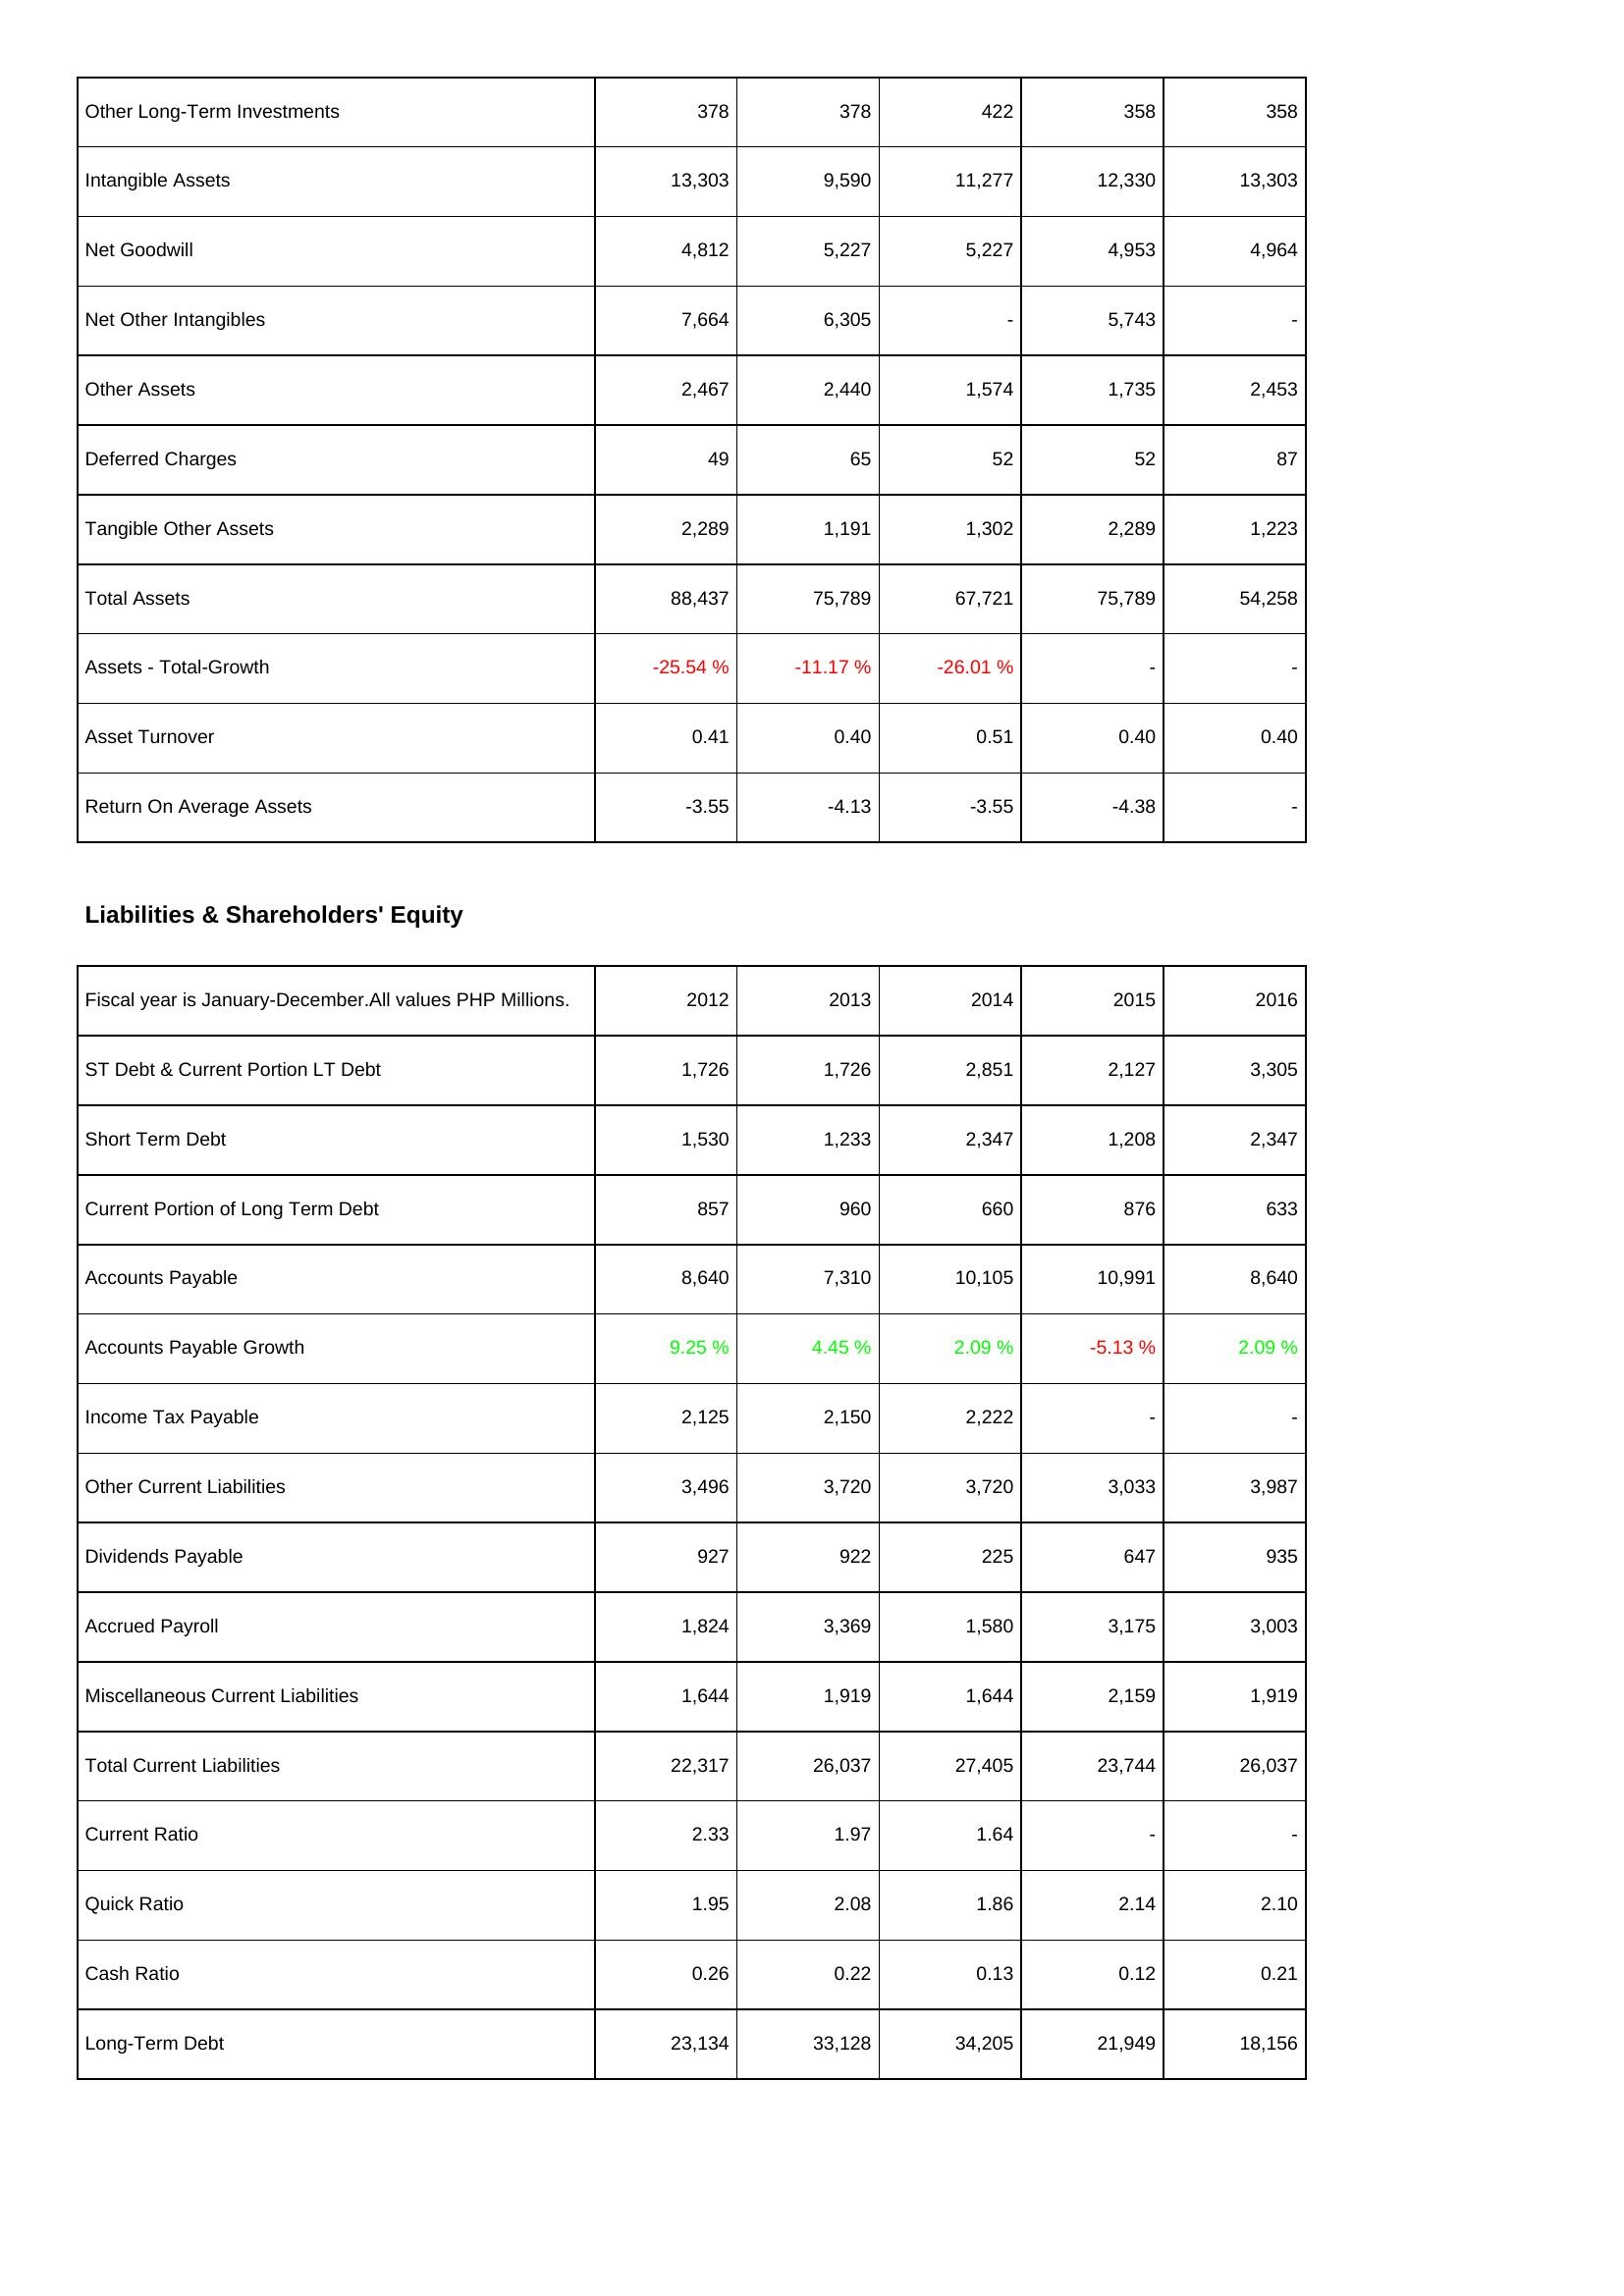
2012: Assets: Other Long-Term Investments: 378
Intangible Assets: 13,303
Net Goodwill: 4,812
Net Other Intangibles: 7,664
Other Assets: 2,467
Deferred Charges: 49
Tangible Other Assets: 2,289
Total Assets: 88,437
Assets - Total-Growth: -25.54 %
Asset Turnover: 0.41
Return On Average Assets: -3.55
Liabilities & Shareholders' Equity: ST Debt & Current Portion LT Debt: 1,726
Short Term Debt: 1,530
Current Portion of Long Term Debt: 857
Accounts Payable: 8,640
Accounts Payable Growth: 9.25 %
Income Tax Payable: 2,125
Other Current Liabilities: 3,496
Dividends Payable: 927
Accrued Payroll: 1,824
Miscellaneous Current Liabilities: 1,644
Total Current Liabilities: 22,317
Current Ratio: 2.33
Quick Ratio: 1.95
Cash Ratio: 0.26
Long-Term Debt: 23,134
2013: Assets: Other Long-Term Investments: 378
Intangible Assets: 9,590
Net Goodwill: 5,227
Net Other Intangibles: 6,305
Other Assets: 2,440
Deferred Charges: 65
Tangible Other Assets: 1,191
Total Assets: 75,789
Assets - Total-Growth: -11.17 %
Asset Turnover: 0.40
Return On Average Assets: -4.13
Liabilities & Shareholders' Equity: ST Debt & Current Portion LT Debt: 1,726
Short Term Debt: 1,233
Current Portion of Long Term Debt: 960
Accounts Payable: 7,310
Accounts Payable Growth: 4.45 %
Income Tax Payable: 2,150
Other Current Liabilities: 3,720
Dividends Payable: 922
Accrued Payroll: 3,369
Miscellaneous Current Liabilities: 1,919
Total Current Liabilities: 26,037
Current Ratio: 1.97
Quick Ratio: 2.08
Cash Ratio: 0.22
Long-Term Debt: 33,128
2014: Assets: Other Long-Term Investments: 422
Intangible Assets: 11,277
Net Goodwill: 5,227
Net Other Intangibles: -
Other Assets: 1,574
Deferred Charges: 52
Tangible Other Assets: 1,302
Total Assets: 67,721
Assets - Total-Growth: -26.01 %
Asset Turnover: 0.51
Return On Average Assets: -3.55
Liabilities & Shareholders' Equity: ST Debt & Current Portion LT Debt: 2,851
Short Term Debt: 2,347
Current Portion of Long Term Debt: 660
Accounts Payable: 10,105
Accounts Payable Growth: 2.09 %
Income Tax Payable: 2,222
Other Current Liabilities: 3,720
Dividends Payable: 225
Accrued Payroll: 1,580
Miscellaneous Current Liabilities: 1,644
Total Current Liabilities: 27,405
Current Ratio: 1.64
Quick Ratio: 1.86
Cash Ratio: 0.13
Long-Term Debt: 34,205
2015: Assets: Other Long-Term Investments: 358
Intangible Assets: 12,330
Net Goodwill: 4,953
Net Other Intangibles: 5,743
Other Assets: 1,735
Deferred Charges: 52
Tangible Other Assets: 2,289
Total Assets: 75,789
Assets - Total-Growth: -
Asset Turnover: 0.40
Return On Average Assets: -4.38
Liabilities & Shareholders' Equity: ST Debt & Current Portion LT Debt: 2,127
Short Term Debt: 1,208
Current Portion of Long Term Debt: 876
Accounts Payable: 10,991
Accounts Payable Growth: -5.13 %
Income Tax Payable: -
Other Current Liabilities: 3,033
Dividends Payable: 647
Accrued Payroll: 3,175
Miscellaneous Current Liabilities: 2,159
Total Current Liabilities: 23,744
Current Ratio: -
Quick Ratio: 2.14
Cash Ratio: 0.12
Long-Term Debt: 21,949
2016: Assets: Other Long-Term Investments: 358
Intangible Assets: 13,303
Net Goodwill: 4,964
Net Other Intangibles: -
Other Assets: 2,453
Deferred Charges: 87
Tangible Other Assets: 1,223
Total Assets: 54,258
Assets - Total-Growth: -
Asset Turnover: 0.40
Return On Average Assets: -
Liabilities & Shareholders' Equity: ST Debt & Current Portion LT Debt: 3,305
Short Term Debt: 2,347
Current Portion of Long Term Debt: 633
Accounts Payable: 8,640
Accounts Payable Growth: 2.09 %
Income Tax Payable: -
Other Current Liabilities: 3,987
Dividends Payable: 935
Accrued Payroll: 3,003
Miscellaneous Current Liabilities: 1,919
Total Current Liabilities: 26,037
Current Ratio: -
Quick Ratio: 2.10
Cash Ratio: 0.21
Long-Term Debt: 18,156